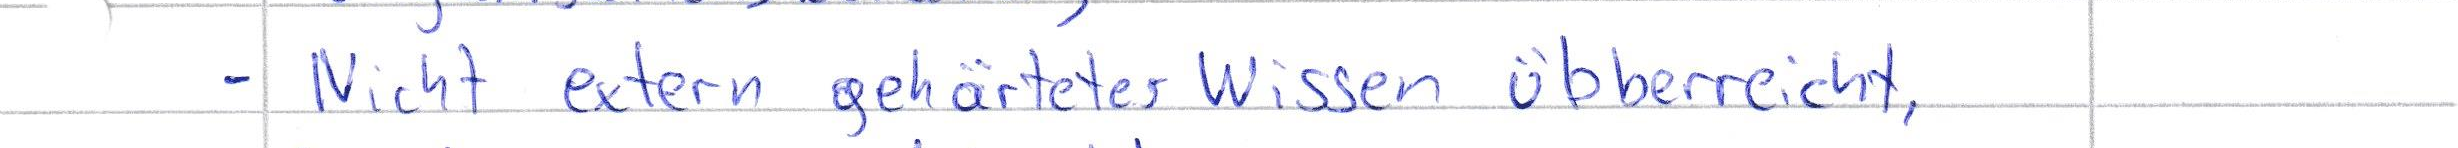
- Nicht extern gehärtetes Wissen übberreicht,